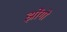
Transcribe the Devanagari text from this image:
झोंगो